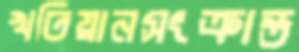
খতিয়ানসংক্রান্ত